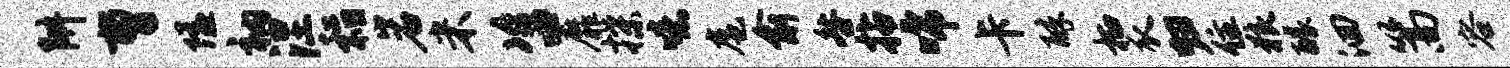
阱曹隘衲涅稻岩米咨靡揲噫扈俞咎拈唏卡醉栖瓜归住狼醵洄篙容